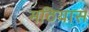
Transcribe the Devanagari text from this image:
मठियास